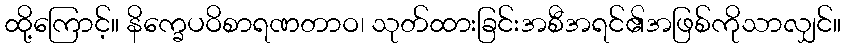
ထို့ကြောင့်။ နိက္ခေပဝိစာရဏတာဝ၊ သုတ်ထားခြင်းအစီအရင်၏အဖြစ်ကိုသာလျှင်။